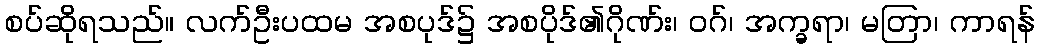
စပ်ဆိုရသည်။ လက်ဦးပထမ အစပုဒ်၌ အစပိုဒ်၏ဂိုဏ်း၊ ဝဂ်၊ အက္ခရာ၊ မတြာ၊ ကာရန်